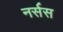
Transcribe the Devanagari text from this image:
नर्सस